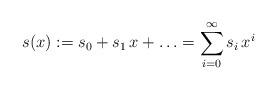
LaTeX: \begin{align*}s(x):= s_0 + s_1 \, x + \ldots = \sum_{i=0}^{\infty} s_i \, x^i\end{align*}